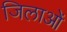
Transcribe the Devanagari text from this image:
जिलाओं